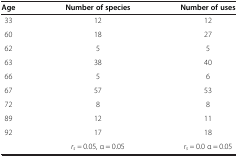
<table><thead><tr><td><b>Age</b></td><td><b>Number of species</b></td><td><b>Number of uses</b></td></tr></thead><tbody><tr><td>33</td><td>12</td><td>12</td></tr><tr><td>60</td><td>18</td><td>27</td></tr><tr><td>62</td><td>5</td><td>5</td></tr><tr><td>63</td><td>38</td><td>40</td></tr><tr><td>66</td><td>5</td><td>6</td></tr><tr><td>67</td><td>57</td><td>53</td></tr><tr><td>72</td><td>8</td><td>8</td></tr><tr><td>89</td><td>12</td><td>11</td></tr><tr><td>92</td><td>17</td><td>18</td></tr><tr><td> </td><td><i>r</i><sub><i>s</i></sub> <i>=</i> 0.05, α = 0.05</td><td><i>r</i><sub><i>s</i></sub> <i>=</i> 0.0 α = 0.05</td></tr></tbody></table>